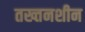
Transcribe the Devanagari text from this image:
तख्तनशीन